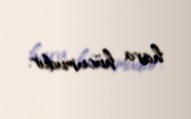
hava hücumudur.